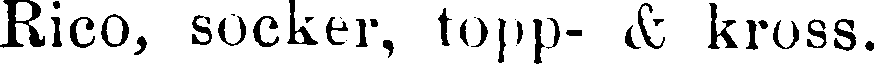
Rico, socker, topp- & kross.